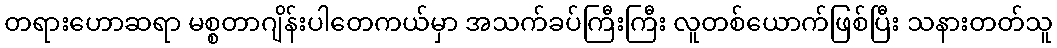
တရားဟောဆရာ မစ္စတာဂျိန်းပါတေကယ်မှာ အသက်ခပ်ကြီးကြီး လူတစ်ယောက်ဖြစ်ပြီး သနားတတ်သူ